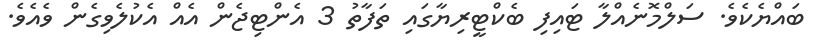
ބައްޔެކެވެ. ސަލްމޮނެއްލާ ޓައިފި ބެކްޓީރިޔާގައި ތަފާތު 3 އެންޓިޖެން އެއް އެކުލެވިގެން ވެއެވެ.